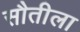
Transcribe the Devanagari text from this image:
सौतीला